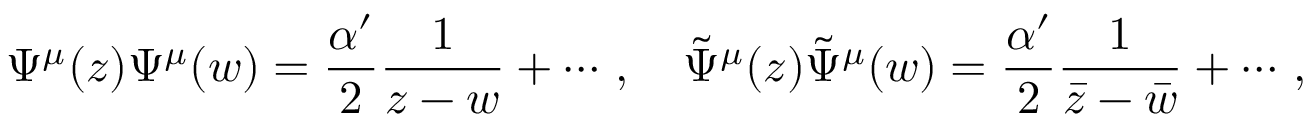
\Psi ^ { \mu } ( z ) \Psi ^ { \mu } ( w ) = \frac { \alpha ^ { \prime } } { 2 } \frac { 1 } { z - w } + \cdots \, , \quad \tilde { \Psi } ^ { \mu } ( z ) \tilde { \Psi } ^ { \mu } ( w ) = \frac { \alpha ^ { \prime } } { 2 } \frac { 1 } { \bar { z } - \bar { w } } + \cdots \, ,